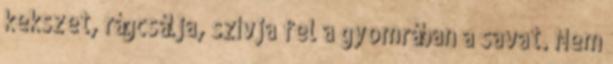
kekszet, rágcsálja, szívja fel a gyomrában a savat. Nem